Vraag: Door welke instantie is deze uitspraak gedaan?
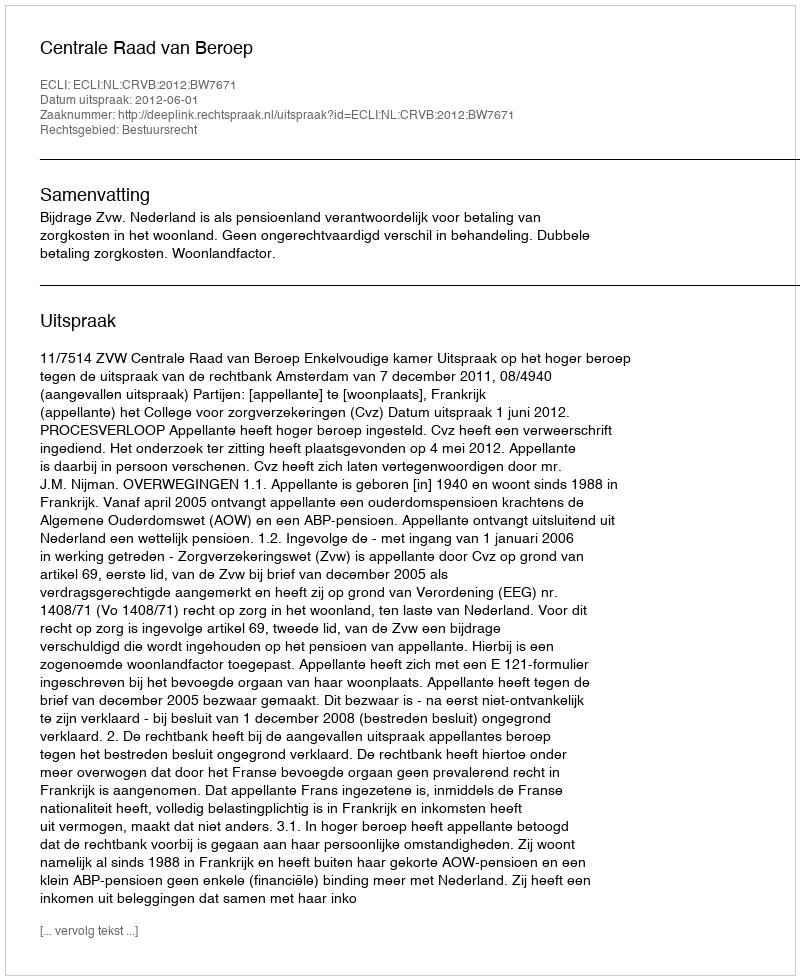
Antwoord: Centrale Raad van Beroep